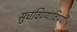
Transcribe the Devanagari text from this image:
सुचविण्याविषयी